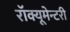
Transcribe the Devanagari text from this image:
रॉक्यूमेन्टरी